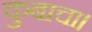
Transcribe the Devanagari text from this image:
कुबाचा।